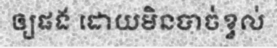
ឲ្យផង ដោយមិនបាច់ខ្វល់